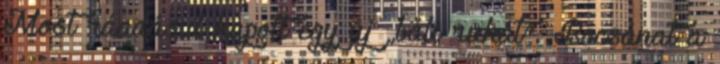
Most ráadásul kapott egy új „báli ruhát”. Bocsánat a